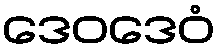
ဒေဝဒေဝံ